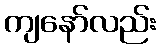
ကျနော်လည်း